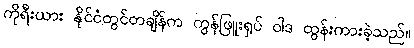
ကိုရီးယား နိုင်ငံတွင်တချိန်က ကွန်ဖြူးရှပ် ဝါဒ ထွန်းကားခဲ့သည်။